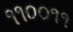
૧૧૦૦૧૧